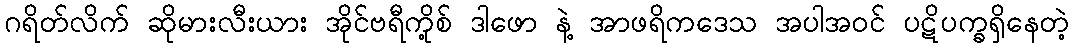
ဂရိတ်လိက် ဆိုမားလီးယား အိုင်ဗရီကို့စ် ဒါဖော နဲ့ အာဖရိကဒေသ အပါအဝင် ပဋိပက္ခရှိနေတဲ့